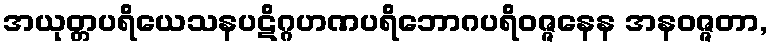
အယုတ္တပရိယေသနပဋိဂ္ဂဟဏပရိဘောဂပရိဝဇ္ဇနေန အနဝဇ္ဇတာ,